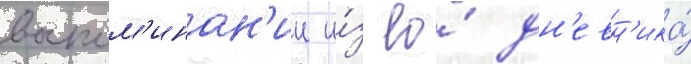
воспом'инан'ии и́з ео́ дн'евн'ика́